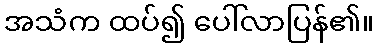
အသံက ထပ်၍ ပေါ်လာပြန်၏။